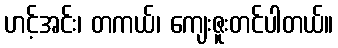
ဟင့်အင်း၊ တကယ်၊ ကျေးဇူးတင်ပါတယ်။